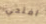
افتحي